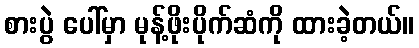
စားပွဲ ပေါ်မှာ မုန့်ဖိုးပိုက်ဆံကို ထားခဲ့တယ်။